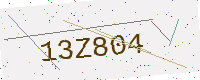
Text: 13Z804